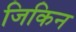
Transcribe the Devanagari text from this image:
जिकिन